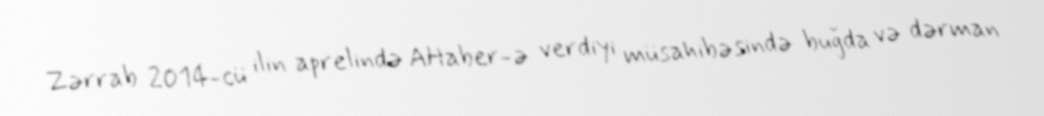
Zərrab 2014-cü ilin aprelində AHaber-ə verdiyi müsahibəsində buğda və dərman